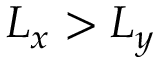
L _ { x } > L _ { y }